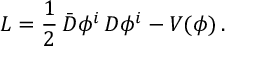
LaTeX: { \cal L } = \frac { 1 } { 2 } \, \bar { D } \phi ^ { i } \, D \phi ^ { i } - V ( \phi ) \, .